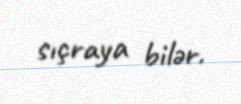
sıçraya bilər.